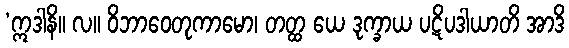
‘ဣဒါနိ။ လ။ ဝိဘာဝေတုကာမော၊ တတ္ထ ယေ ဒုက္ခာယ ပဋိပဒါယာတိ အာဒိ